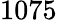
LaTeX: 1075